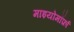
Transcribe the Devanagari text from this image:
माइयोमॉर्फ़ा